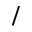
/